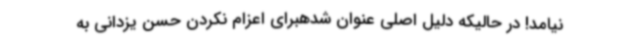
نیامد! در حالیکه دلیل اصلی عنوان شدهبرای اعزام نکردن حسن یزدانی به